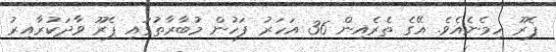
ޕެރޫ ހިމެނެއެވެ. އޭގެ ތެރެއިން 36 އަހަރު ފަހުން މުބާރާތުގައި ޕެރޫ ވާދަކުރާއިރު